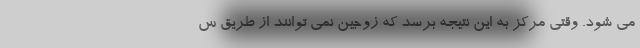
می شود. وقتی مرکز به این نتیجه برسد که زوجین نمی توانند از طریق س